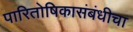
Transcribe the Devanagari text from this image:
पारितोषिकासंबंधीचा